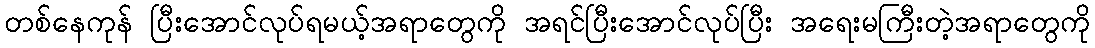
တစ်နေကုန် ပြီးအောင်လုပ်ရမယ့်အရာတွေကို အရင်ပြီးအောင်လုပ်ပြီး အရေးမကြီးတဲ့အရာတွေကို